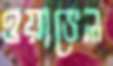
ওয়াভেল